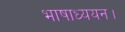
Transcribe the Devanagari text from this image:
भाषाध्ययन।